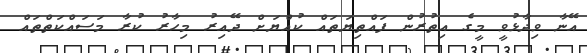
އޭނާ ވިދާޅުވީ މީގެ އިތުރުން ފައްތިޔަތައް ކުއްޔަށް ދޭއިރު މިހާރު ކުރާ މަސައްކަތްތައް